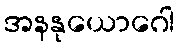
အနနုယောဂေါ